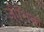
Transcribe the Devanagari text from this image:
जीनिवा